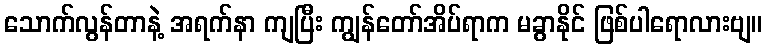
သောက်လွန်တာနဲ့ အရက်နာ ကျပြီး ကျွန်တော်အိပ်ရာက မခွာနိုင် ဖြစ်ပါရောလားဗျ။